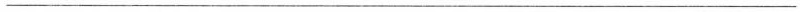
___